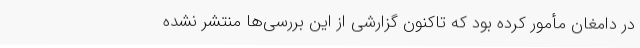
در دامغان مأمور کرده بود که تاکنون گزارشی از این بررسی‌ها منتشر نشده